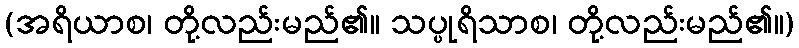
(အရိယာစ၊ တို့လည်းမည်၏။ သပ္ပုရိသာစ၊ တို့လည်းမည်၏။)